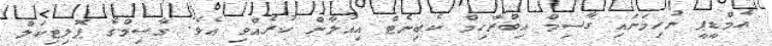
އެމްޑީޕީ ނުހިމަނައި ގާސިމް އިބްރާހިމް ކެބިނެޓް އިއުލާން ކުރެއްވި އެވެ. ގާސިމްގެ ޕޮލިޓިކަލް